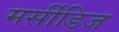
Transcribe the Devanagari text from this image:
मर्सीडिज